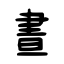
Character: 晝